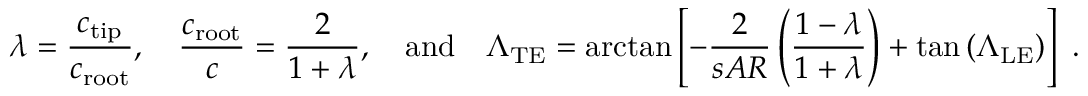
\lambda = \frac { c _ { \mathrm { t i p } } } { c _ { \mathrm { r o o t } } } , \quad \frac { c _ { \mathrm { r o o t } } } { c } = \frac { 2 } { 1 + \lambda } , \quad \mathrm { a n d } \quad \Lambda _ { \mathrm { T E } } = \arctan \left[ - \frac { 2 } { s A R } \left( \frac { 1 - \lambda } { 1 + \lambda } \right) + \tan { ( \Lambda _ { \mathrm { L E } } ) } \right] \mathrm { ~ . }